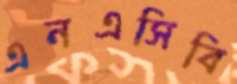
এনএসিবি